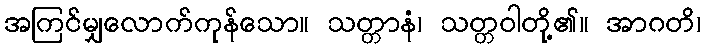
အကြင်မျှလောက်ကုန်သော။ သတ္တာနံ၊ သတ္တဝါတို့၏။ အာဂတိ၊